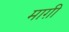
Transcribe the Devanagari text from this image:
माग़ी